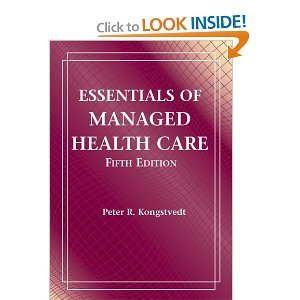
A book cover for Essentials of Managed Health Care 5th (Fifth) Edition byKongstvedt; Kongstvedt; Medical Books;